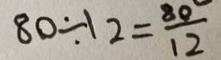
8 0 \div 1 2 = \frac { 8 0 } { 1 2 }